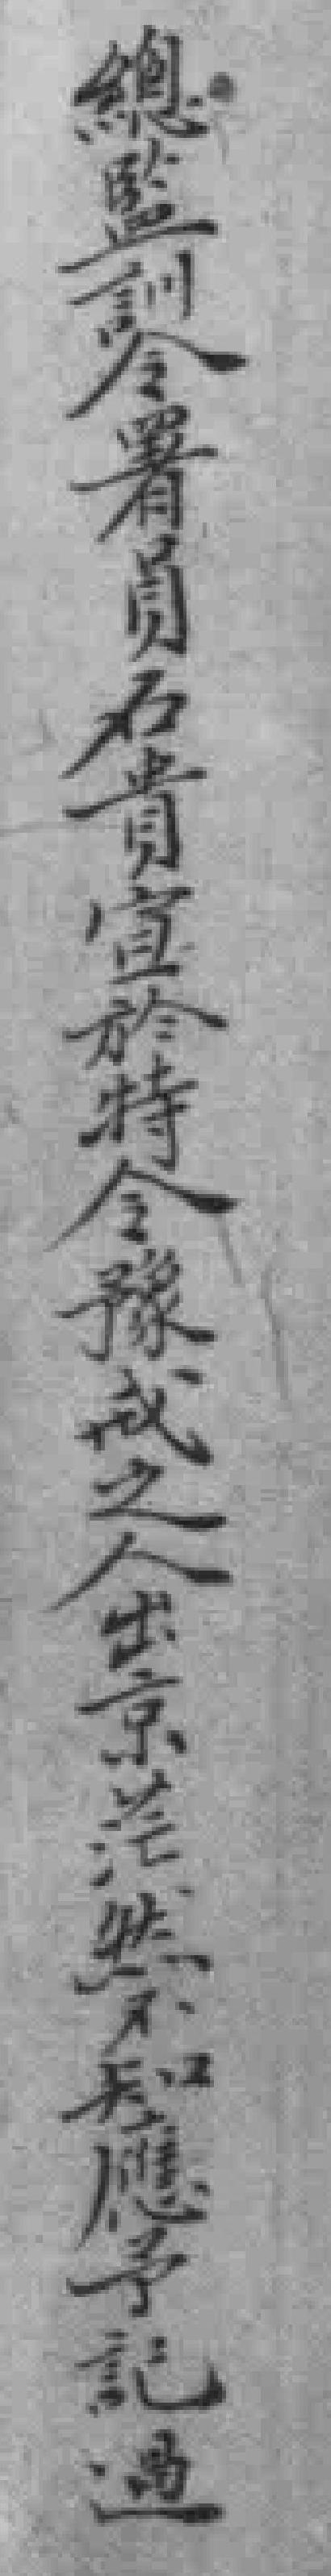
總聖合署員青宣於時今豫式人金京業型應學北道